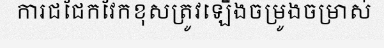
ការជជែកវែកខុសត្រូវឡើងចម្រូងចម្រាស់